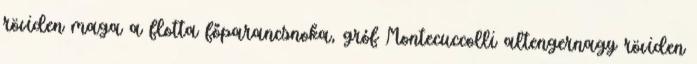
röviden maga a flotta főparancsnoka, gróf Montecuccolli altengernagy röviden